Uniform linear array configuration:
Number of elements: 32
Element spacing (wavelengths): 0.5
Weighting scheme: exponential
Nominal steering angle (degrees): -45
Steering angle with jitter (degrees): -44.61
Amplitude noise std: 0.05
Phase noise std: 0.05

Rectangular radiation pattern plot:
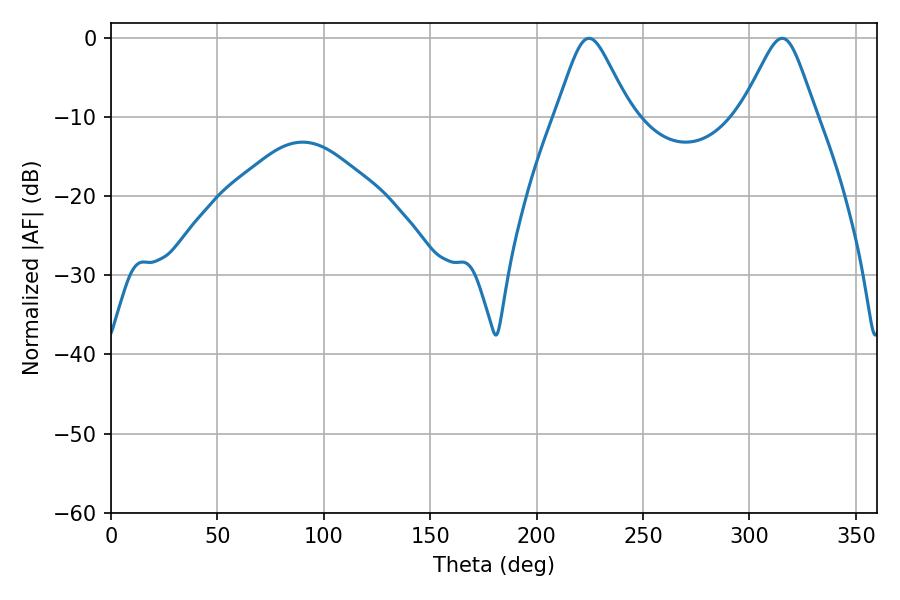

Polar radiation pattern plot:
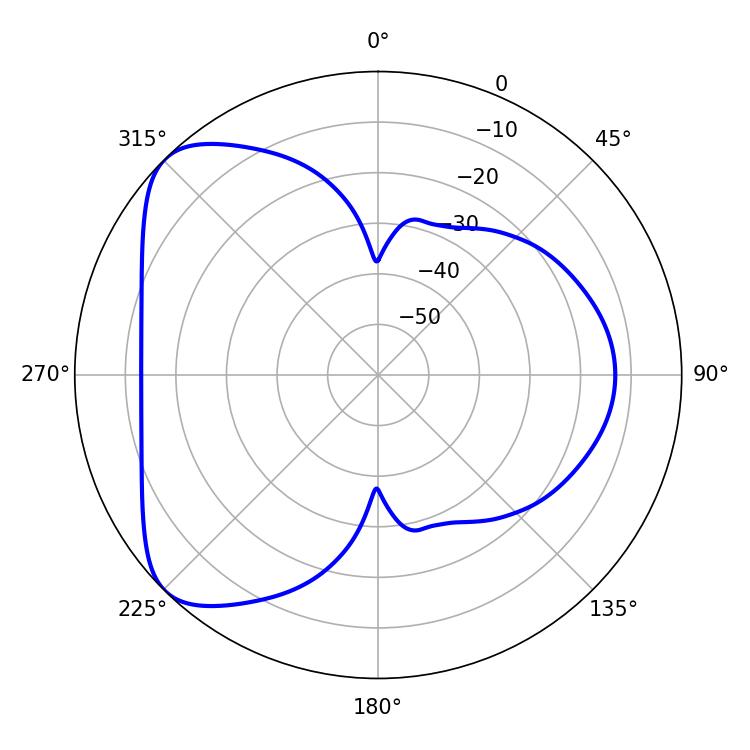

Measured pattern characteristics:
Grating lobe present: FALSE
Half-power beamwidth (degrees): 16.56
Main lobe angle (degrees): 224.64